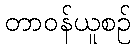
တာဝန်ယူစဉ်